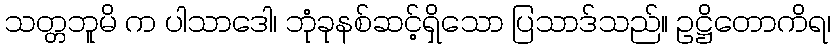
သတ္တဘူမိ က ပါသာဒေါ၊ ဘုံခုနစ်ဆင့်ရှိသော ပြသာဒ်သည်။ ဥဋ္ဌိတောကိရ၊